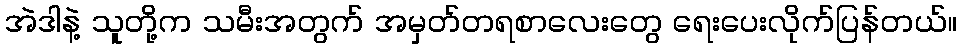
အဲဒါနဲ့ သူတို့က သမီးအတွက် အမှတ်တရစာလေးတွေ ရေးပေးလိုက်ပြန်တယ်။